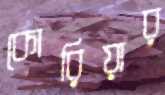
কোরিয়ার